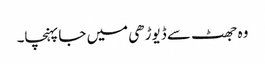
وہ جھٹ سے ڈیوڑھی میں جا پہنچا۔